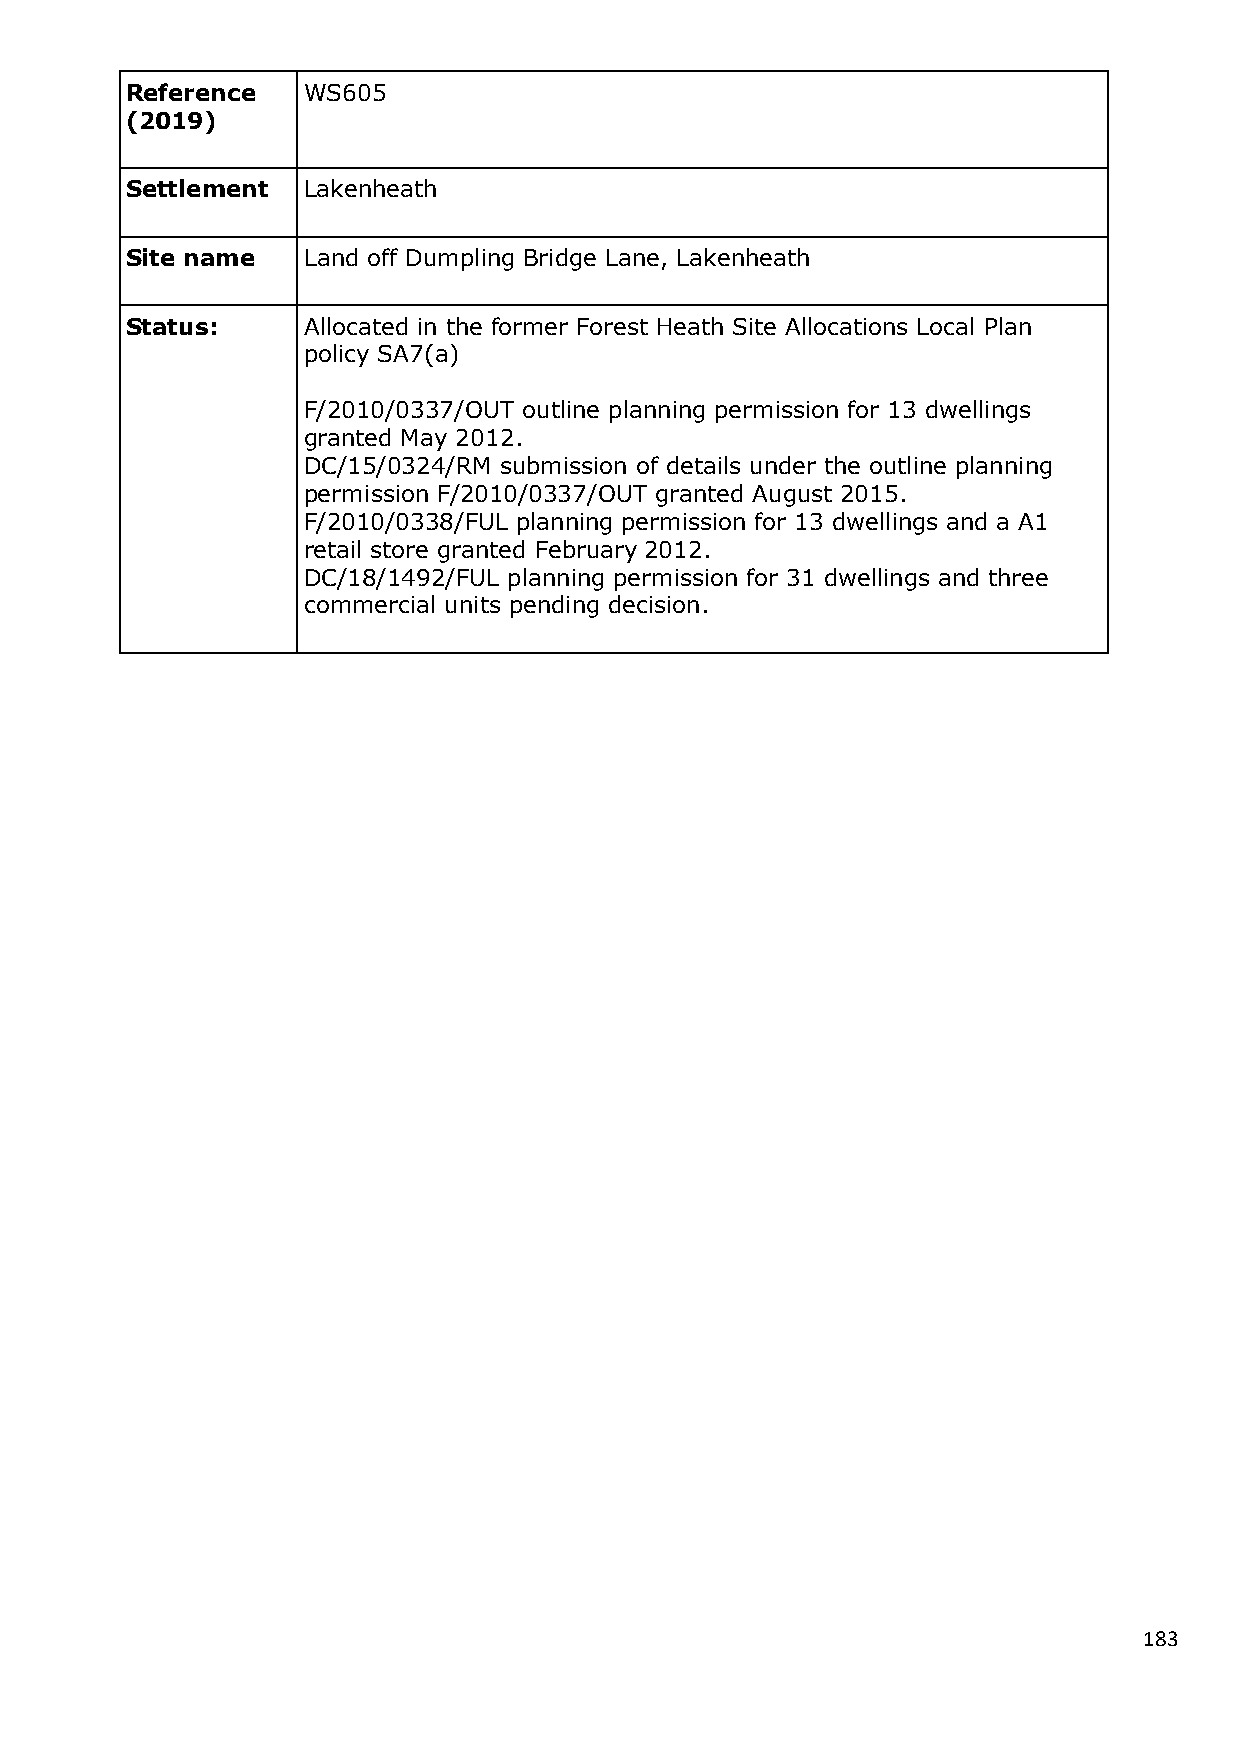
Reference   WS605
 (2019)
 Settlement  Lakenheath
 Site name   Land off Dumpling Bridge Lane, Lakenheath
 Status:     Allocated in the former Forest Heath Site Allocations Local Plan
 policy SA7(a)
 F/2010/0337/OUT outline planning permission for 13 dwellings
 granted May 2012.
 DC/15/0324/RM submission of details under the outline planning
 permission F/2010/0337/OUT granted August 2015.
 F/2010/0338/FUL planning permission for 13 dwellings and a A1
 retail store granted February 2012.
 DC/18/1492/FUL planning permission for 31 dwellings and three
 commercial units pending decision.
 183